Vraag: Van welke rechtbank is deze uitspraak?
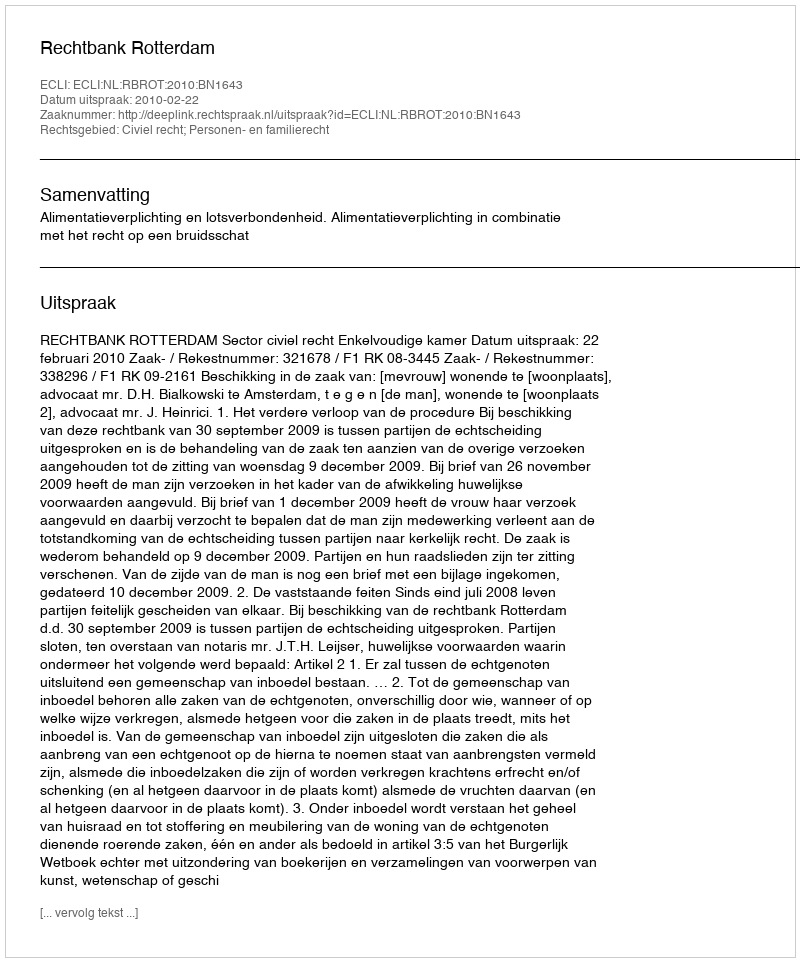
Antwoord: Rechtbank Rotterdam